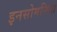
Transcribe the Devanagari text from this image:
इनसोमनिया